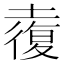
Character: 𡑉